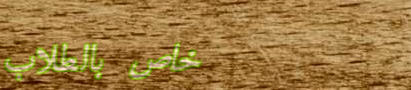
خاص بالطلاب